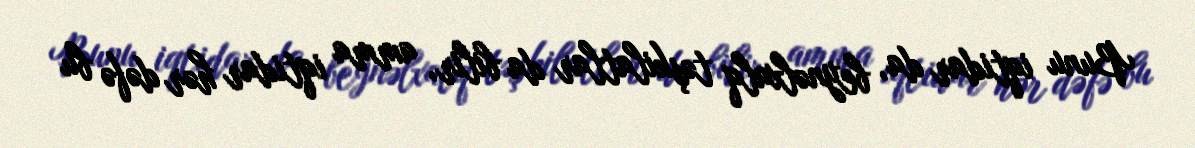
Bunu iqtidar da, beynəlxalq təşkilatlar da bilir, amma iqtidar hər dəfə bu